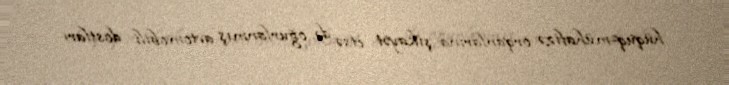
hüquq-mühafizə orqanlarına şikayət etsə də, oğurlanmış avtomobili dostları